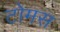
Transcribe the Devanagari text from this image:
टोमस